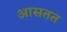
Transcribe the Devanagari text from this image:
आसतत